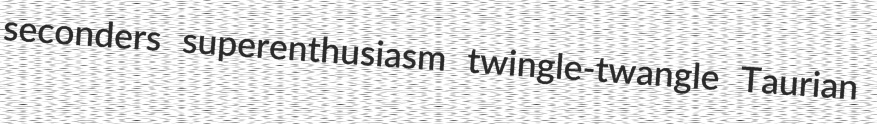
seconders superenthusiasm twingle-twangle Taurian